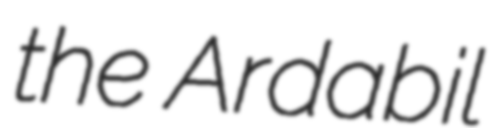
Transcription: the Ardabil